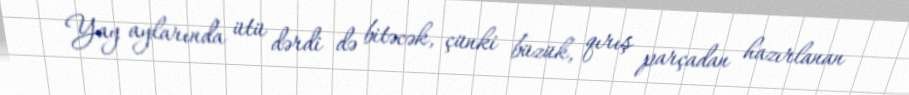
Yay aylarında ütü dərdi də bitəcək, çünki büzük, qırış parçadan hazırlanan